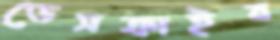
ডেসক্রাইব